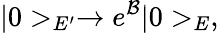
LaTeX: |0>_{E^{\prime}}\rightarrow e^{\cal B}|0>_{E},